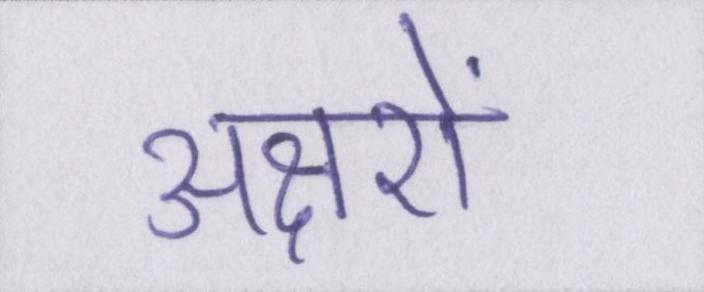
अक्षरों